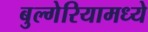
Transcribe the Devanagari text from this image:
बुल्गेरियामध्ये